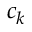
c _ { k }